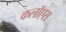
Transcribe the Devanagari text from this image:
कलॉएस